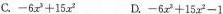
C.$$- 6 x ^ { 3 } + 1 5 x ^ { 2 }$$ D.$$- 6 x ^ { 3 } + 1 5 x ^ { 2 } - 1$$